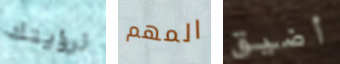
لرؤيتك المهم أضيق